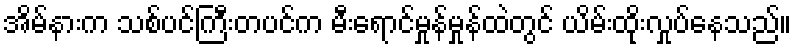
အိမ်နားက သစ်ပင်ကြီးတပင်က မီးရောင်မှုန်မှုန်ထဲတွင် ယိမ်းထိုးလှုပ်နေသည်။